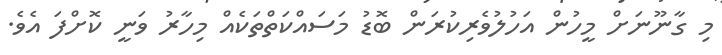
މި ގާނޫނަށް މީހުން އަހުލުވެރިކުރަން ބޮޑު މަސައްކަތްތަކެއް މިހާރު ވަނީ ކޮށްފަ އެވެ.